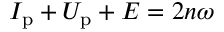
I _ { \mathrm { p } } + U _ { \mathrm { p } } + E = 2 n \omega